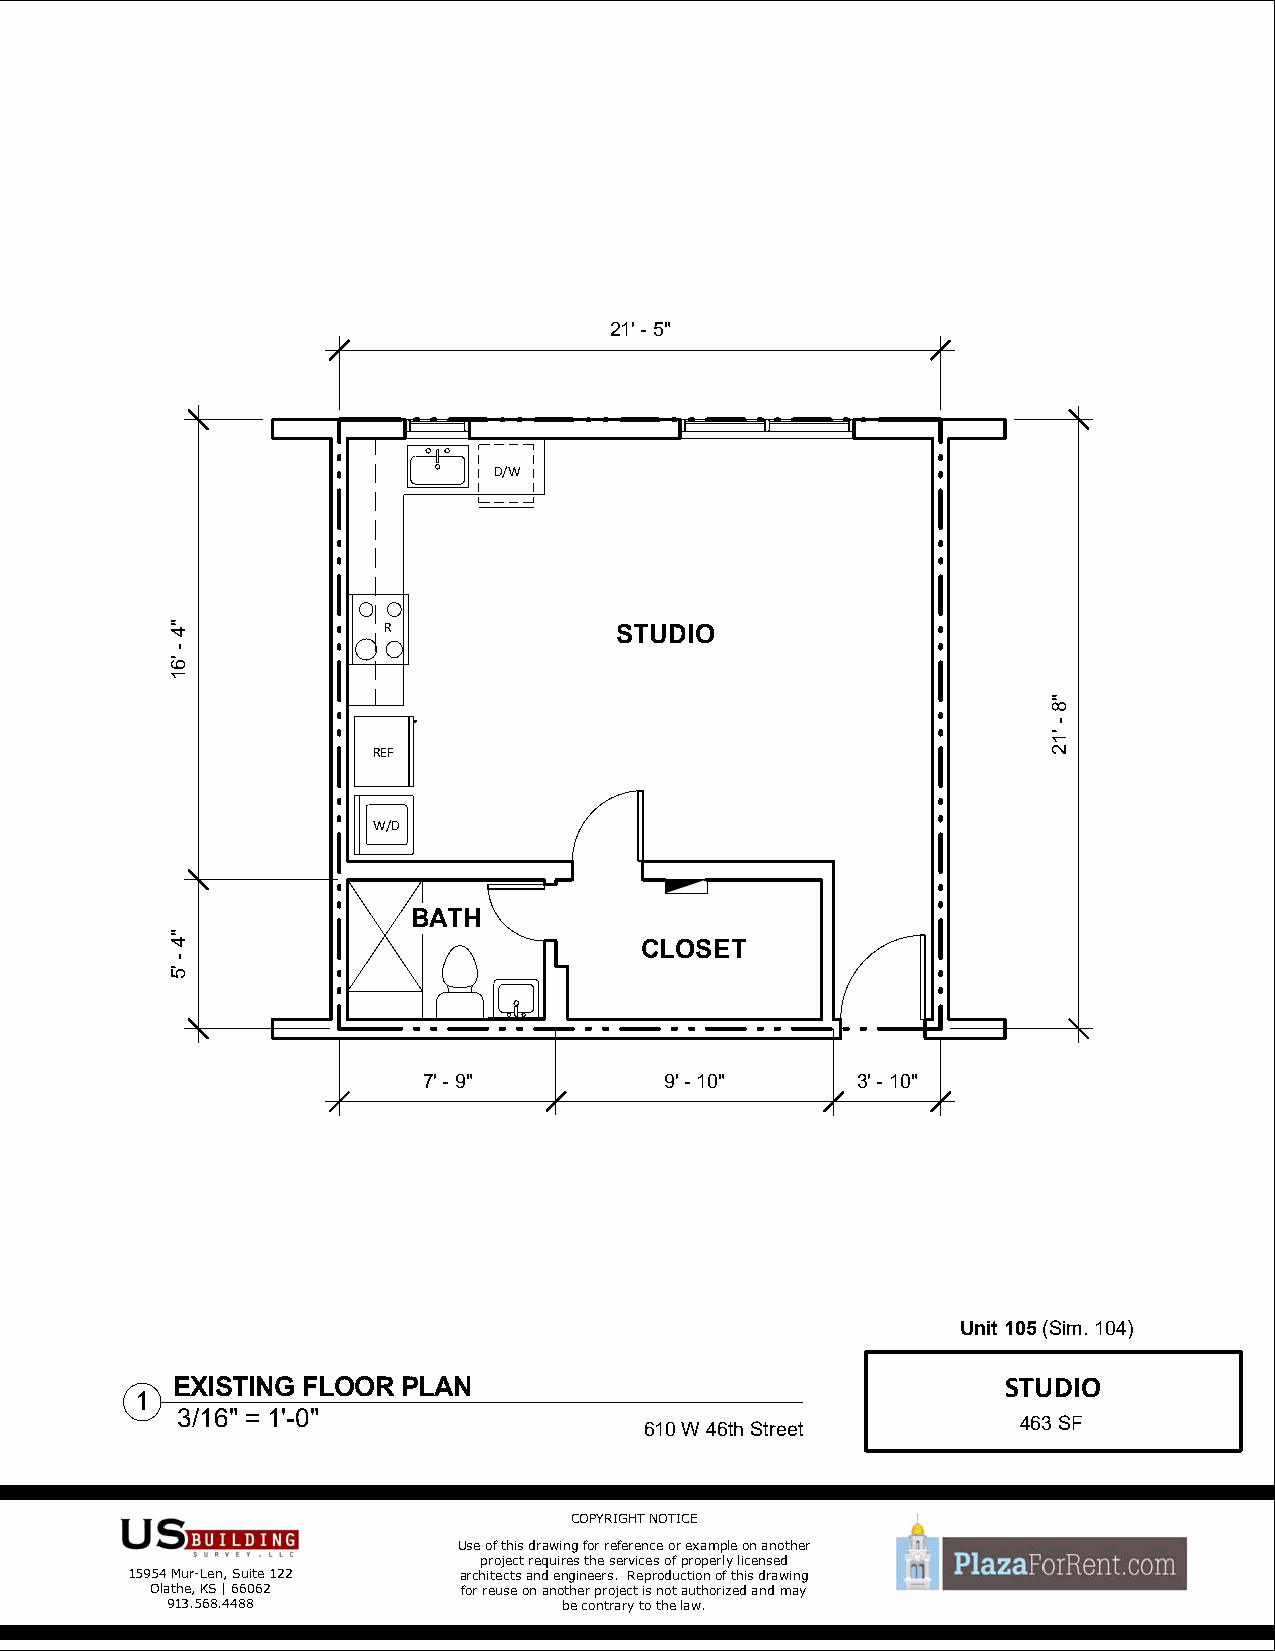
21' - 5"
 D/W
 R               STUDIO
 REF
 W/D
 BATH
 CLOSET
 7' - 9"         9' - 10"     3' - 10"
 Unit 105(Sim. 104)
 EXISTING FLOOR  PLAN                                    STUDIO
 1
 3/16" = 1'-0"
 610 W 46th Street        463 SF
 COPYRIGHT NOTICE
 Use of this drawing for reference or example on another
 project requires the services of properly licensed
 15954 Mur-Len, Suite 122 architects and engineers. Reproduction of this drawing
 Olathe, KS | 66062   for reuse on another project is not authorized and may
 913.568.4488              be contrary to the law.
 "4
 -
 '61
 "4
 -
 '5
 "8
 -
 '12